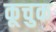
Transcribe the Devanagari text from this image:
कूचुक